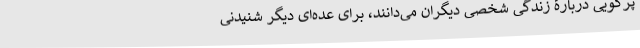
پُرگویی دربارۀ زندگی شخصی دیگران می‌دانند، برای عده‌ای دیگر شنیدنی